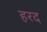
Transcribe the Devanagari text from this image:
हरद